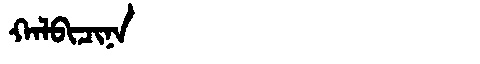
Manchu: ᡴᠠᠯᠪᡳᠴᡳᠨᠠ
Romanization: KALBICINA